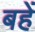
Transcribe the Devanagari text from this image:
बहें